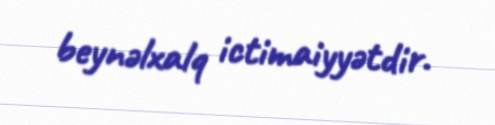
beynəlxalq ictimaiyyətdir.